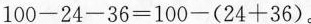
$$1 0 0 - 2 4 - 3 6 = 1 0 0 - ( 2 4 + 3 6 )$$。